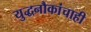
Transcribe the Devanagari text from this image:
युद्धनौकांचाही